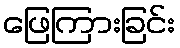
ဖြေကြားခြင်း